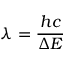
\lambda = { \frac { h c } { \Delta E } }